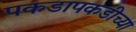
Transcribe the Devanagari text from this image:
पकडापकडीच्या